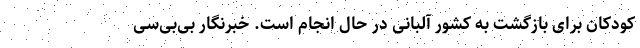
کودکان برای بازگشت به کشور آلبانی در حال انجام است. خبرنگار بی‌بی‌سی